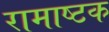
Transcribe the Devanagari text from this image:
रामाष्टक